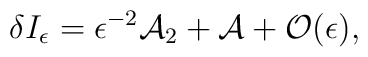
\delta I_\epsilon = \epsilon^{-2} {\cal A}_2 + {\cal A} + {\cal O} (\epsilon) ,